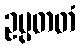
ဥပ္ပတတံ